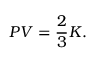
\displaystyle P V = { \frac { 2 } { 3 } } K .